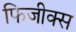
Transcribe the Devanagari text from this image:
फिजीक्स